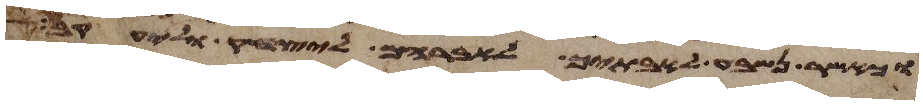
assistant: וכאשר נשבע לאבתך לאברהם ליצחק וליעקב